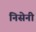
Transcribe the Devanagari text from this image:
निसेनी